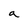
Character: a